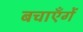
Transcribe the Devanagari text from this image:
बचाएँगें